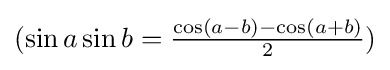
(\sin a\sin b={\tfrac {\cos(a-b)-\cos(a+b)}{2}})